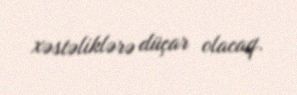
xəstəliklərə düçar olacaq.